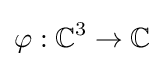
\varphi :\mathbb {C} ^{3}\to \mathbb {C}